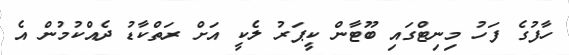
ހާފުގެ ފަހު މިނިޓްގައި ބޫޓާން ކީޕަރު ލެކީ އަށް ރަތްކާޑު ދެއްކުމުން އެ